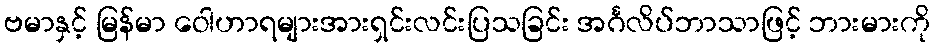
ဗမာနှင့် မြန်မာ ဝေါဟာရများအားရှင်းလင်းပြသခြင်း အင်္ဂလိပ်ဘာသာဖြင့် ဘားမားကို